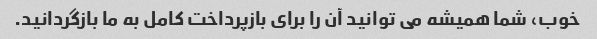
خوب، شما همیشه می توانید آن را برای بازپرداخت کامل به ما بازگردانید.